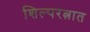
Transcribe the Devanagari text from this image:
शिल्परत्नात